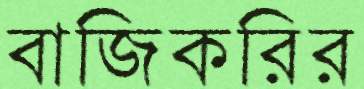
বাজিকরির